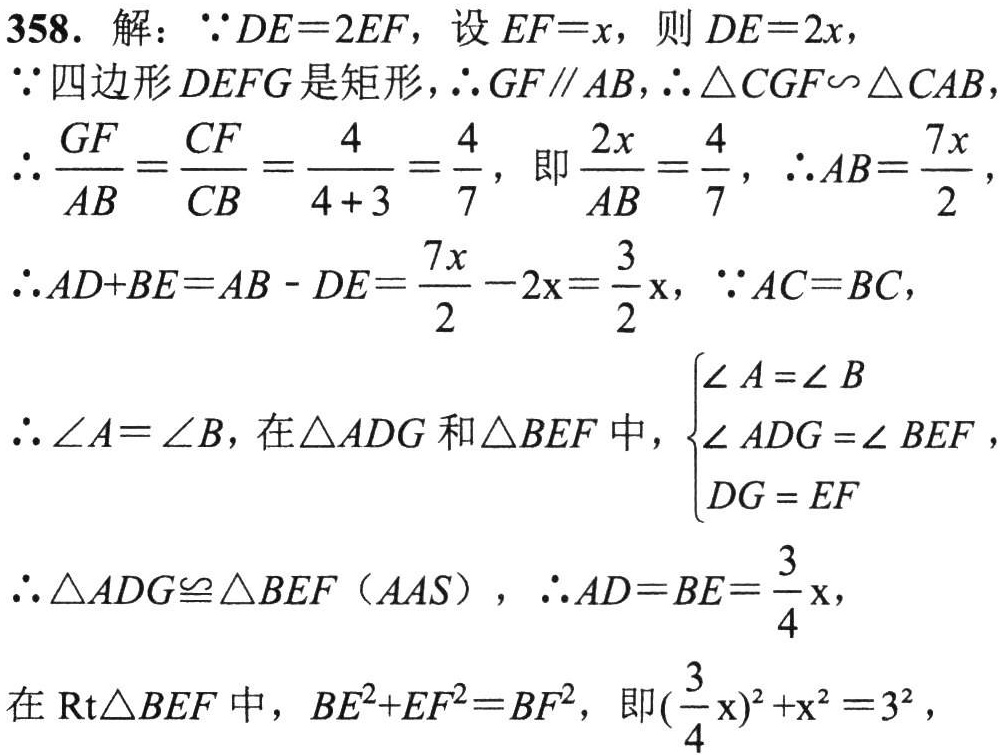
358. 解：\(\because DE = 2EF\)，设\(EF = x\)，则\(DE = 2x\)，

\(\because\)四边形\(DEFG\)是矩形，\(\therefore GF\parallel AB\)，\(\therefore \triangle CGF\sim\triangle CAB\)，

\(\therefore \frac{GF}{AB}=\frac{CF}{CB}=\frac{4}{4 + 3}=\frac{4}{7}\)，即\(\frac{2x}{AB}=\frac{4}{7}\)，\(\therefore AB=\frac{7x}{2}\)，

\(\therefore AD + BE = AB - DE=\frac{7x}{2}-2x=\frac{3}{2}x\)，\(\because AC = BC\)，

\(\therefore \angle A=\angle B\)，在\(\triangle ADG\)和\(\triangle BEF\)中，\(\begin{cases}

\angle A=\angle B\\

\angle ADG=\angle BEF\\

DG = EF

\end{cases}\)，

\(\therefore \triangle ADG\cong\triangle BEF(AAS)\)，\(\therefore AD = BE=\frac{3}{4}x\)，

在\(Rt\triangle BEF\)中，\(BE^{2}+EF^{2}=BF^{2}\)，即\((\frac{3}{4}x)^{2}+x^{2}=3^{2}\)，